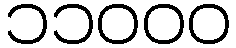
၁၁၀၀၀